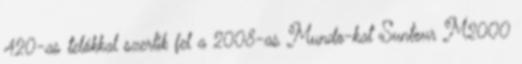
420-as telókkal szerlik fel a 2008-as Mundo-kat Suntour M2000